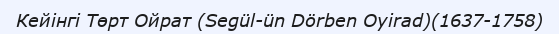
Кейінгі Төрт Ойрат (Segül-ün Dörben Oyirad)(1637-1758)